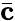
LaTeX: \bar{\mathbf{c}}